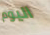
اليوم